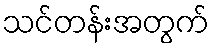
သင်တန်းအတွက်